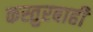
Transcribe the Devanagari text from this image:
कस्तुरबाही